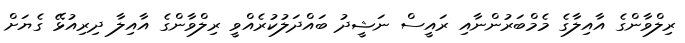
ރިލްވާންގެ އާއިލާގެ މެމްބަރުންނާއި ރައީސް ނަޝީދު ބައްދަލުކުރެއްވީ ރިލްވާންގެ އާއިލާ ދިރިއުޅޭ ގެޔަށް